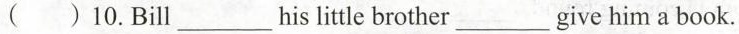
( )10.Bill___ his litle brother___give him a book.